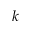
k